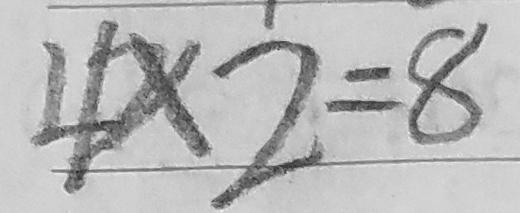
4 \times 2 = 8